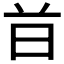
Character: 𣅑